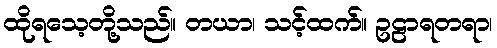
ထိုရသေ့တို့သည်။ တယာ၊ သင့်ထက်။ ဥဠာရတရာ၊